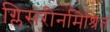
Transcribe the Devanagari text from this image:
ग्लिसरीनमिश्रित